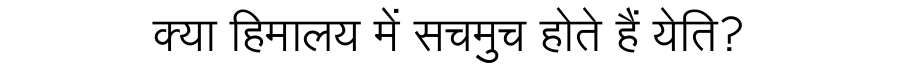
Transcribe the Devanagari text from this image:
क्या हिमालय में सचमुच होते हैं येति?